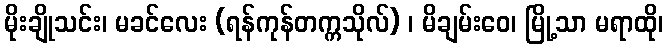
မိုးချိုသင်း၊ မခင်လေး (ရန်ကုန်တက္ကသိုလ်) ၊ မိချမ်းဝေ၊ မြို့သာ မရာထို၊